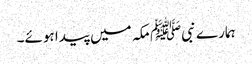
ہمارے نبیﷺ مکہ میں پیدا ہوئے۔